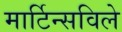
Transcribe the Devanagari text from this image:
मार्टिन्सविले